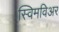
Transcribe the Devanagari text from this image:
स्विमविअर